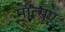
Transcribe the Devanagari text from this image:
मात्सुए